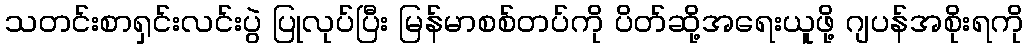
သတင်းစာရှင်းလင်းပွဲ ပြုလုပ်ပြီး မြန်မာစစ်တပ်ကို ပိတ်ဆို့အရေးယူဖို့ ဂျပန်အစိုးရကို